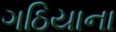
ગઠિયાના